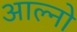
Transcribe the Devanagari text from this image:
आल्नो